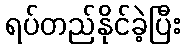
ရပ်တည်နိုင်ခဲ့ပြီး